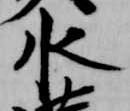
水